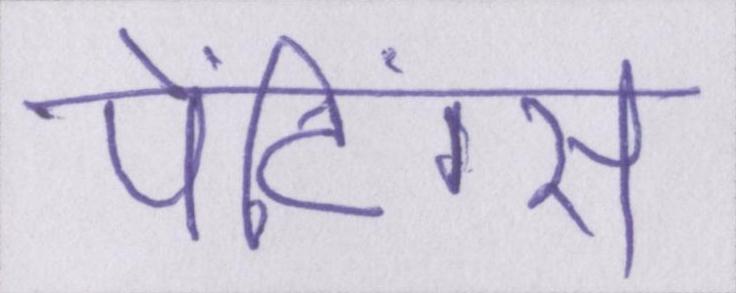
पेंटिंग्स